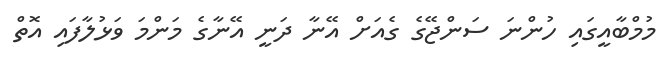
މުމްބާއީގައި ހުންނަ ސަންޖޭގެ ގެއަށް އޭނާ ދަނީ އޭނާގެ މަންމަ ވަޅުލާފައި އޮތް